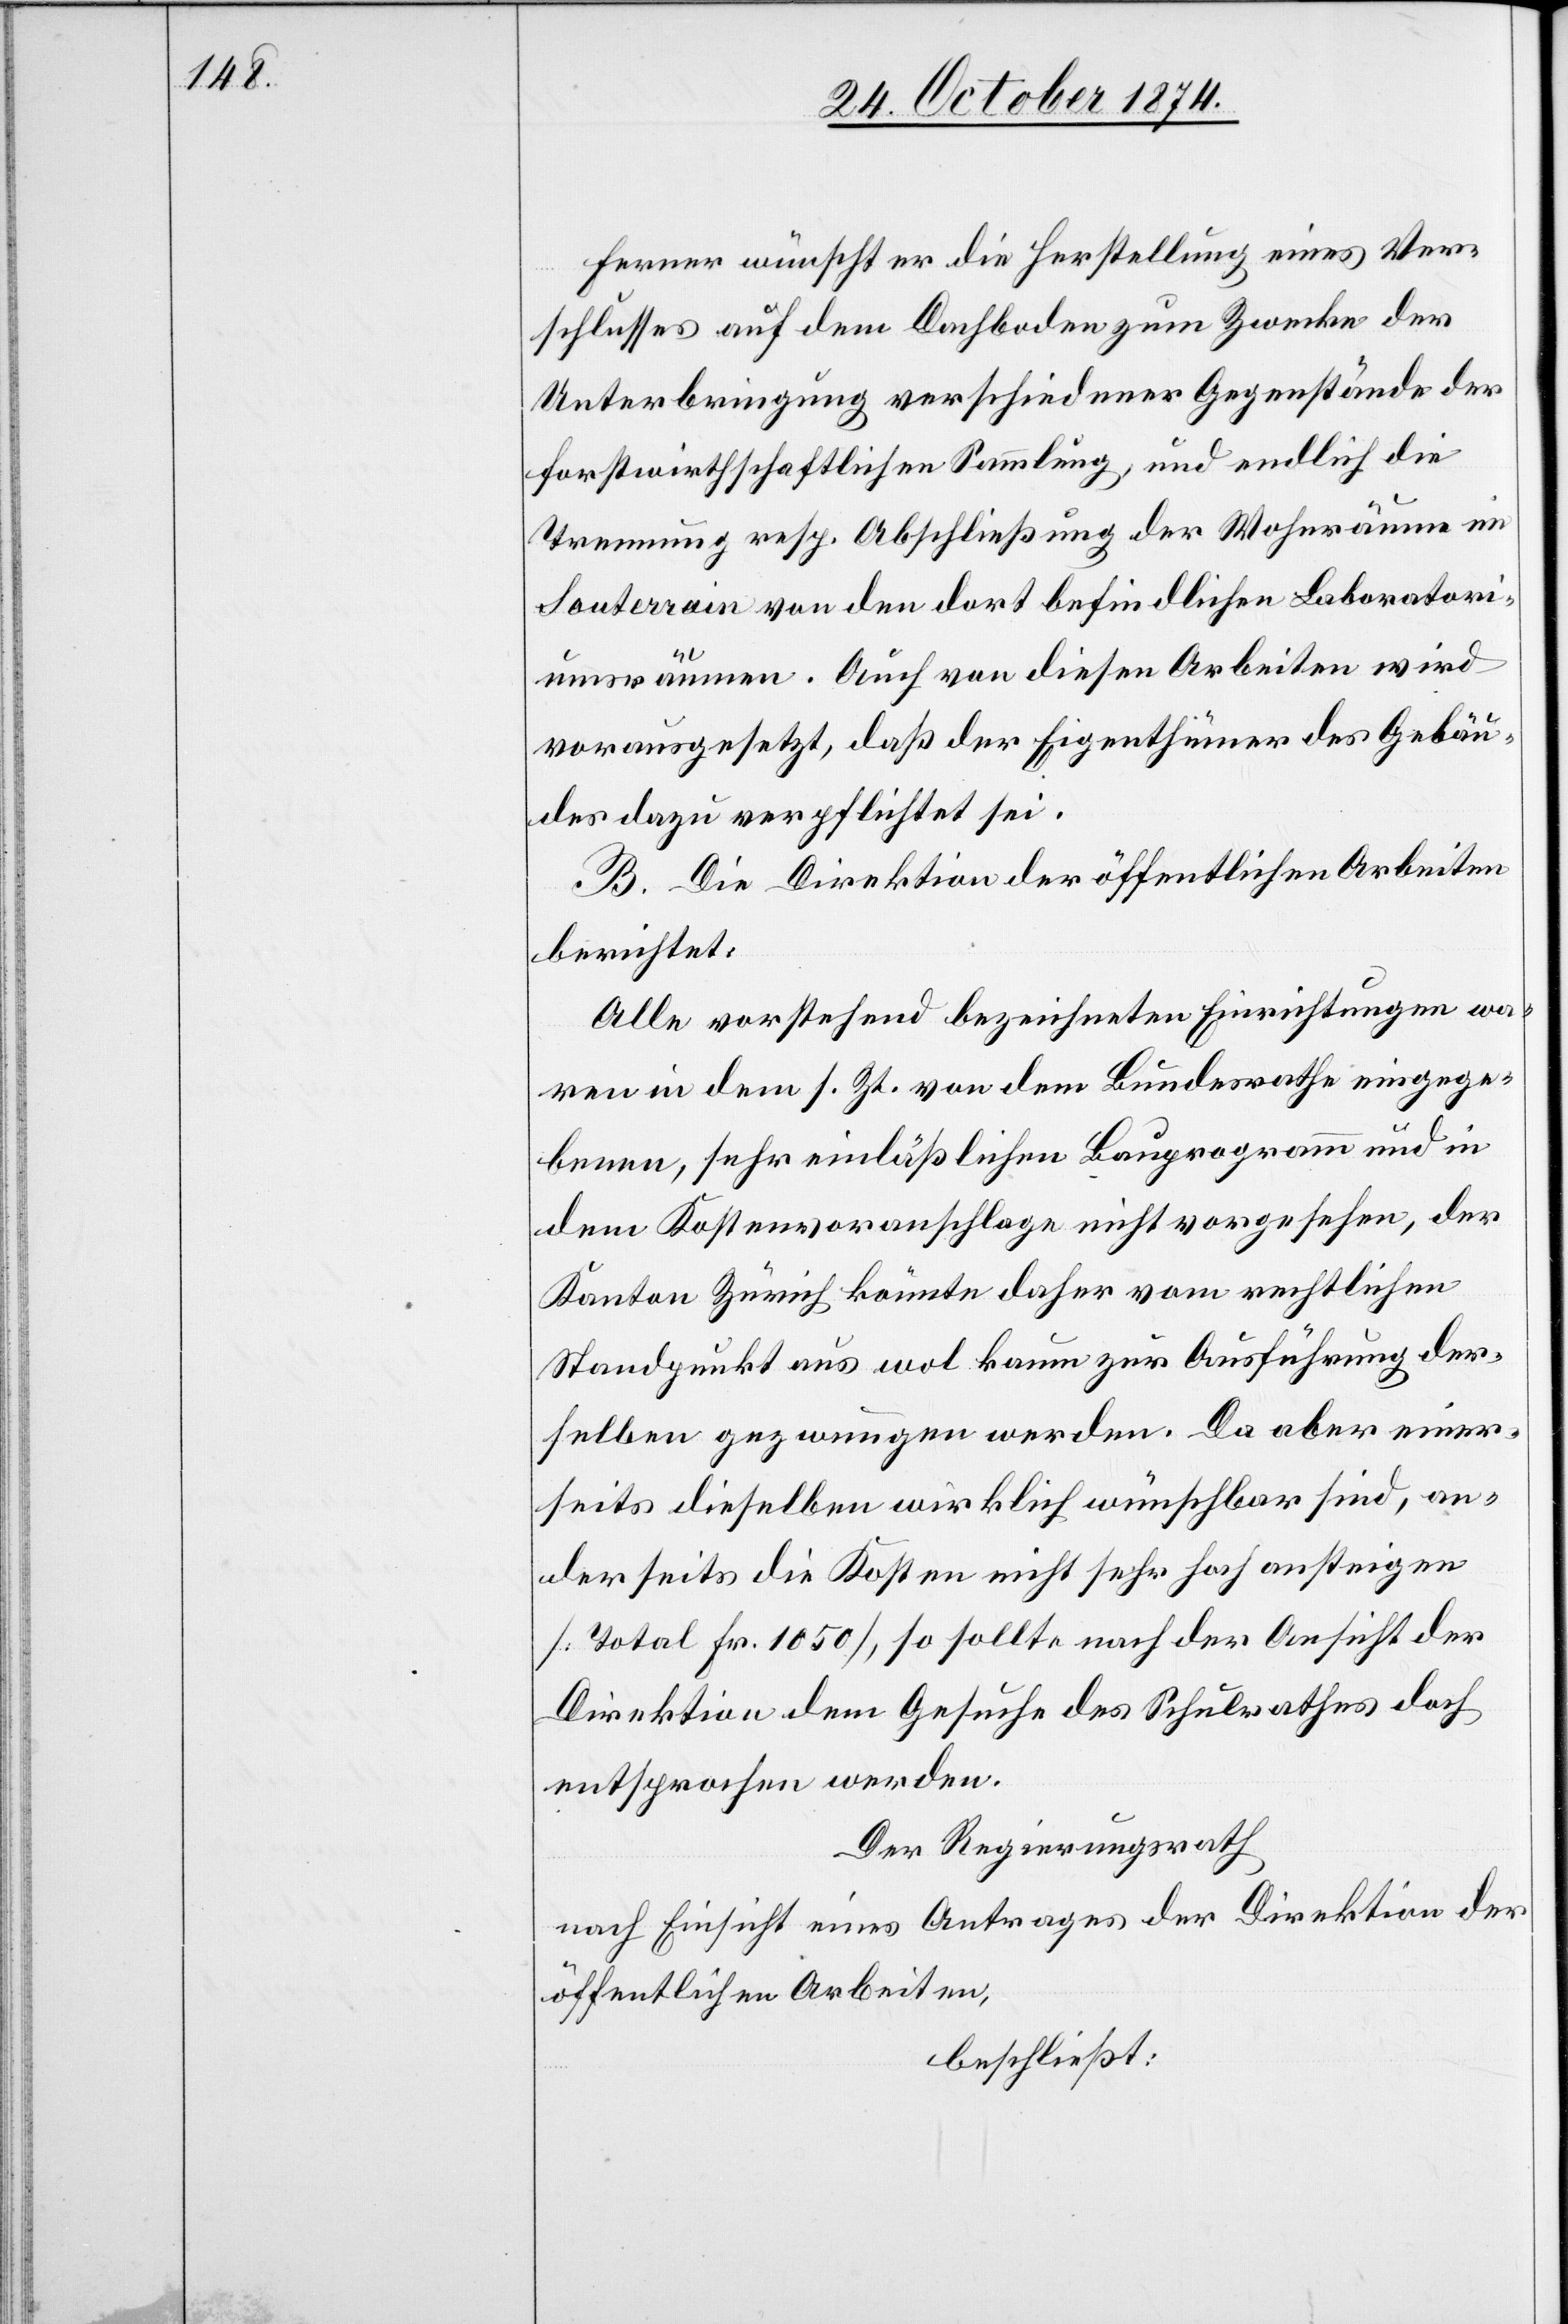
ferner wünscht er die Herstellung eines Ver¬
schlusses auf dem Dachboden zum Zwecke der
Unterbringung verschiedener Gegenstände der
forstwirthschaftlichen Sammlung, und endlich die
Trennung resp. Abschließung der Wohnräume im
Souterrain von den dort befindlichen Laboratori¬
umsräumen. Auch von diesen Arbeiten wird
vorausgesetzt, daß der Eigenthümer des Gebäu¬
des dazu verpflichtet sei.
B. Die Direktion der öffentlichen Arbeiten
berichtet:
Alle vorstehend bezeichneten Einrichtungen wa¬
ren in dem sr. Zt. von dem Bundesrathe eingege¬
benen, sehr einläßlichen Bauprogramm und in
dem Kostenvoranschlage nicht vorgesehen, der
Kanton Zürich könnte daher vom rechtlichen
Standpunkt aus wol kaum zur Ausführung der¬
selben gezwungen werden. Da aber einer¬
seits dieselben wirklich wünschbar sind, an¬
derseits die Kosten nicht sehr hoch ansteigen
[Total Fr. 1050], so sollte nach der Ansicht der
Direktion dem Gesuche des Schulrathes doch
entsprochen werden.
Der Regierungsrath
nach Einsicht eines Antrages der Direktion der
öffentlichen Arbeiten,
beschließt: